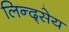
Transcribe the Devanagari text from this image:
लिन्द्सेय